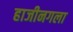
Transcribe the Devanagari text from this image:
हाजीनगला